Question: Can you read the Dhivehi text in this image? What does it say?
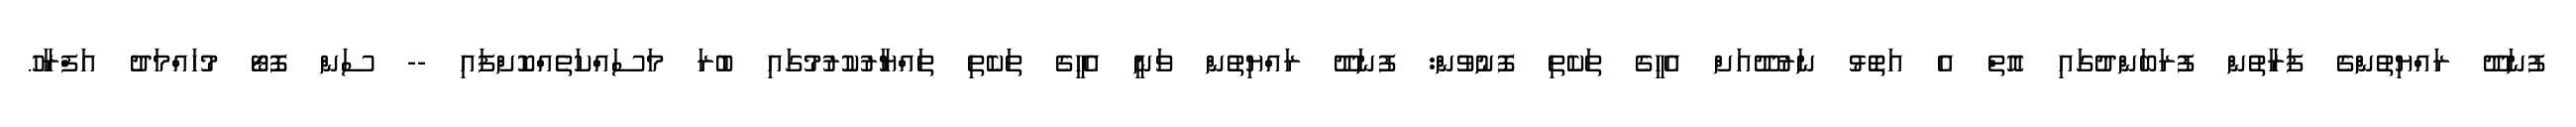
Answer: ފުނަދޫ ރައްޔިތުންގެ ފަރާތުން ފުރަބަންދުގައި އޮތް އެ އަތޮޅު ނަރުދޫއަށް އެހީގެ ތަކެތި ފޮނުވުން: ފުނަދޫ ރައްޔިތުން ވަނީ އެހީގެ ތަކެތި ތައްޔާރުކުރުމުގައި ބުރަ މަސައްކަތެއްކޮށްފައި -- ސަން ފޮޓޯ މުހައްމަދު އަފްރާހު.